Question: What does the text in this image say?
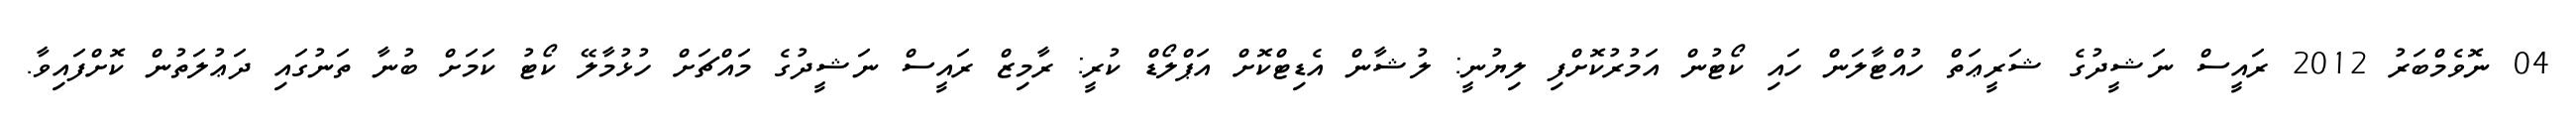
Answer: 04 ނޮވެމްބަރު 2012 ރައީސް ނަޝީދުގެ ޝަރީޢަތް ހުއްޓާލަން ހައި ކޯޓުން އަމުރުކޮށްފި ލިޔުނީ: ލުޝާން އެޑިޓްކޮށް އަޕްލޯޑް ކުރީ: ރާމިޒް ރައީސް ނަޝީދުގެ މައްޗަށް ހުޅުމާލޭ ކޯޓު ކަމަށް ބުނާ ތަނުގައި ދަޢުލަތުން ކޮށްފައިވާ.